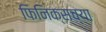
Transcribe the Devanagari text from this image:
फिनिक्सच्या